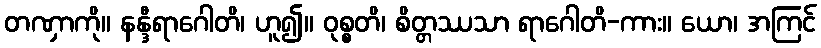
တဏှာကို။ နန္ဒီရာဂေါတိ၊ ဟူ၍။ ဝုစ္စတိ၊ စိတ္တဿသာ ရာဂေါတိ-ကား။ ယော၊ အကြင်